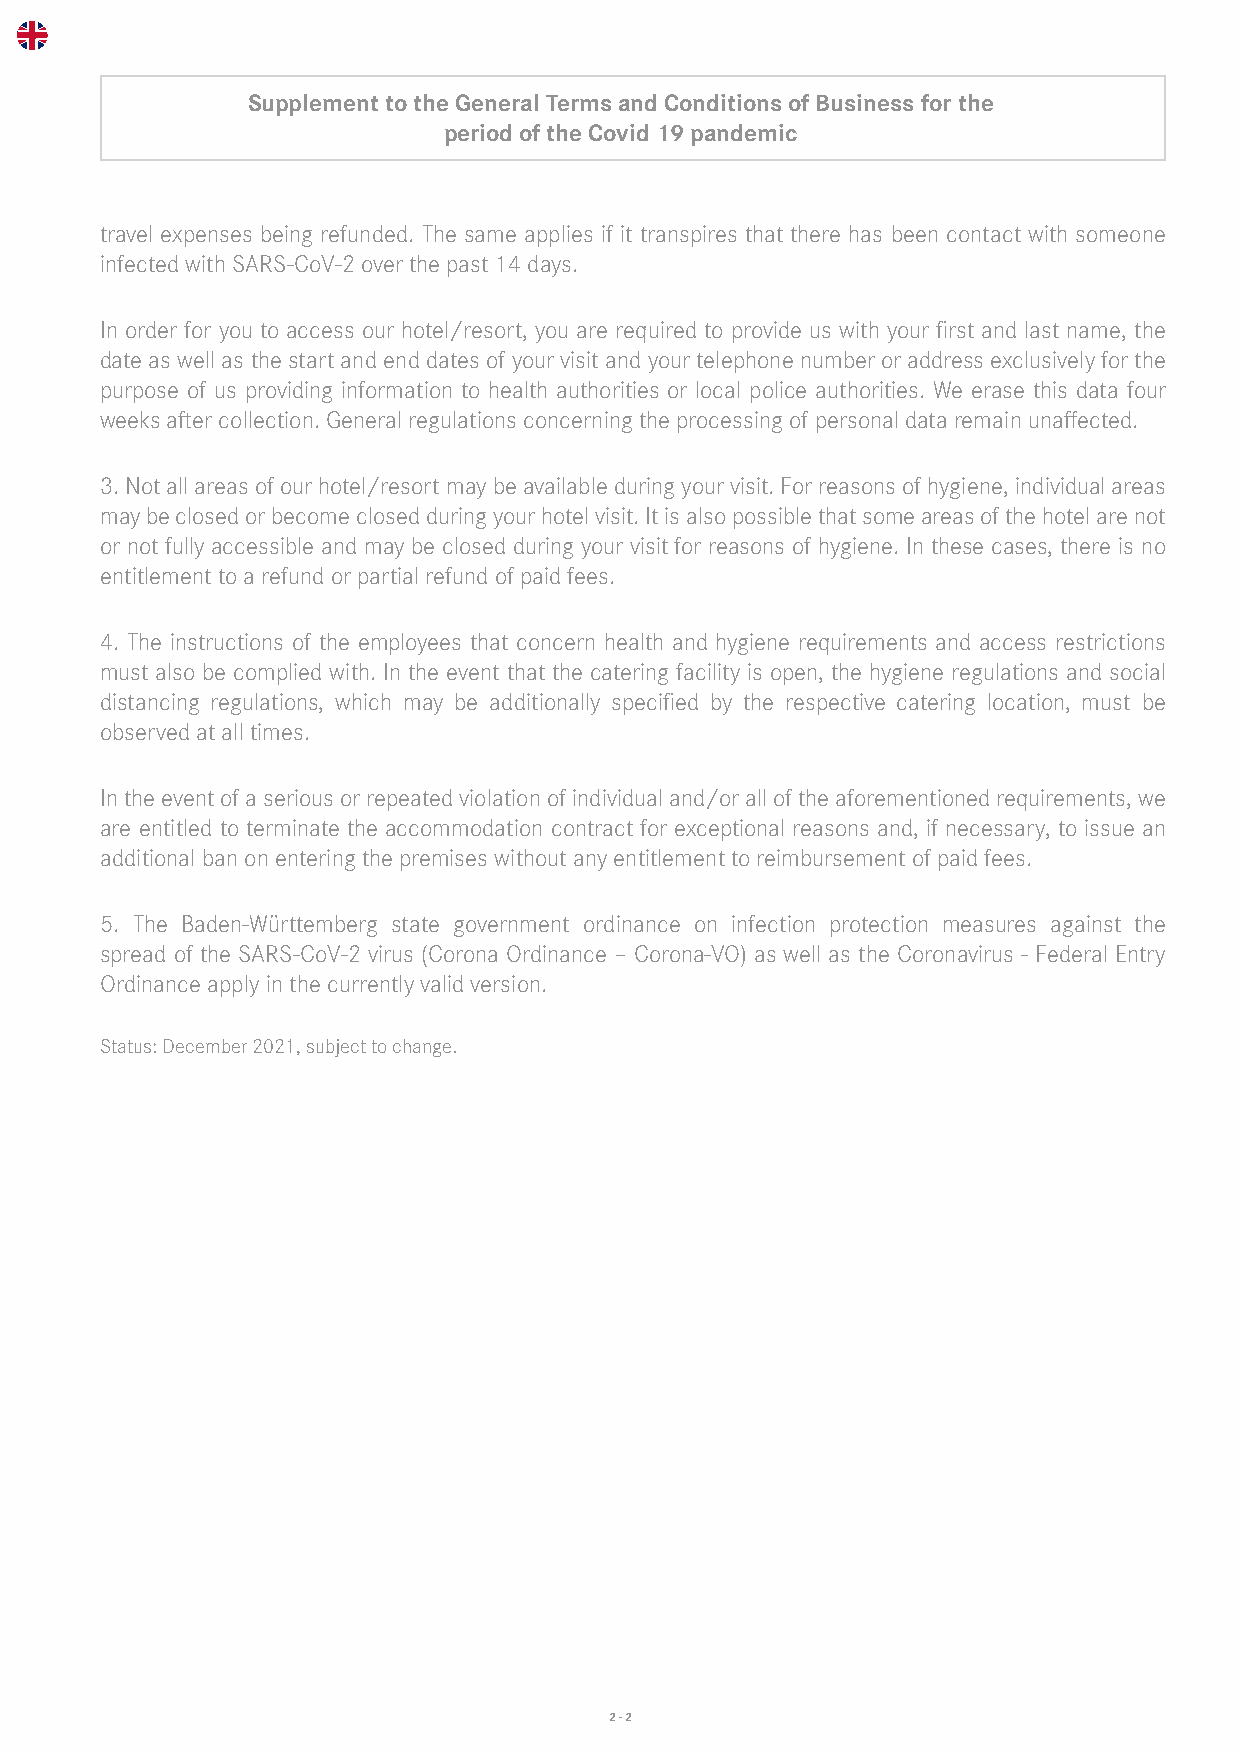
Supplement to the General Terms and Conditions of Business for the
 period of the Covid 19 pandemic
 travel expenses being refunded. The same applies if it transpires that there has been contact with someone
 infected with SARS-CoV-2 over the past 14 days.
 In order for you to access our hotel/resort, you are required to provide us with your first and last name, the
 date as well as the start and end dates of your visit and your telephone number or address exclusively for the
 purpose of us providing information to health authorities or local police authorities. We erase this data four
 weeks after collection. General regulations concerning the processing of personal data remain unaffected.
 3. Not all areas of our hotel/resort may be available during your visit. For reasons of hygiene, individual areas
 may be closed or become closed during your hotel visit. It is also possible that some areas of the hotel are not
 or not fully accessible and may be closed during your visit for reasons of hygiene. In these cases, there is no
 entitlement to a refund or partial refund of paid fees.
 4. The instructions of the employees that concern health and hygiene requirements and access restrictions
 must also be complied with. In the event that the catering facility is open, the hygiene regulations and social
 distancing regulations, which may be additionally specified by the respective catering location, must be
 observed at all times.
 In the event of a serious or repeated violation of individual and/or all of the aforementioned requirements, we
 are entitled to terminate the accommodation contract for exceptional reasons and, if necessary, to issue an
 additional ban on entering the premises without any entitlement to reimbursement of paid fees.
 5. The Baden-Württemberg state government ordinance on infection protection measures against the
 spread of the SARS-CoV-2 virus (Corona Ordinance – Corona-VO) as well as the Coronavirus - Federal Entry
 Ordinance apply in the currently valid version.
 Status: December 2021, subject to change.
 2 - 2